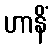
ဟာနိံ